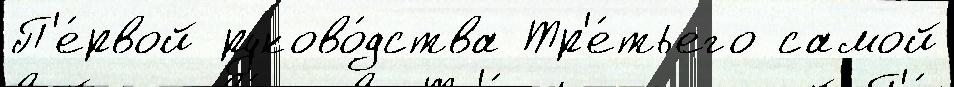
П'е́рвой руково́дства Тр'е́тьего самой